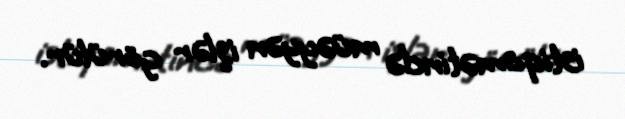
istiqamətində müəyyən işlər görülür.